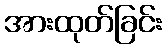
အားထုတ်ခြင်း